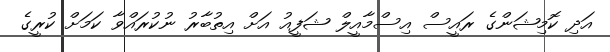
އަދި ކޮމިޝަންގެ ރައީސް އިސްމާއީލް ޝަފީއު އަށް އިތުބާރު ނުކުރައްވާ ކަމަށް ކުރީގެ